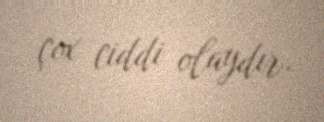
çox ciddi olaydır.